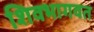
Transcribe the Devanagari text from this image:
शिवभागवत